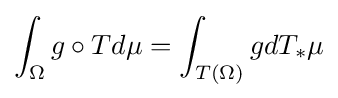
\int _{\Omega }g\circ Td\mu =\int _{T(\Omega )}gdT_{*}\mu